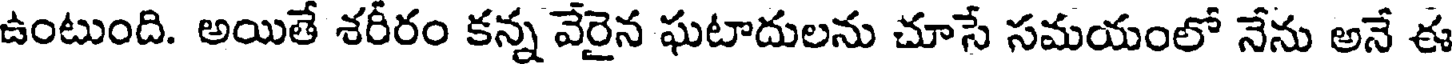
ఉంటుంది. అయితే శరీరం కన్న వేరైన ఘటాదులను చూసే సమయంలో నేను అనే ఈ